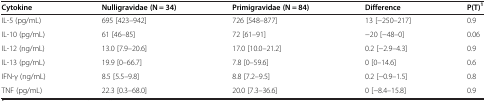
| Cytokine | Nulligravidae (N = 34) | Primigravidae (N = 84) | Difference | P(T)1 |
 | --- | --- | --- | --- | --- |
 | IL-5 (pg/mL) | 695 [423–942] | 726 [548–877] | 13 [-250–217] | 0.9 |
 | IL-10 (pg/mL) | 61 [46–85] | 72 [61–91] | -20 [-48–0] | 0.06 |
 | IL-12 (ng/mL) | 13.0 [7.9–20.6] | 17.0 [10.0–21.2] | 0.2 [-2.9–4.3] | 0.9 |
 | IL-13 (pg/mL) | 19.9 [0–66.7] | 7.8 [0–59.6] | 0 [0–14.6] | 0.6 |
 | IFN-γ (ng/mL) | 8.5 [5.5–9.8] | 8.8 [7.2–9.5] | 0.2 [-0.9–1.5] | 0.8 |
 | TNF (pg/mL) | 22.3 [0.3–68.0] | 20.0 [7.3–36.6] | 0 [-8.4–15.8] | 0.9 |